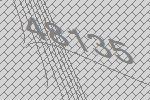
48135